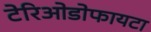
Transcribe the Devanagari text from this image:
टेरिओडोफायटा